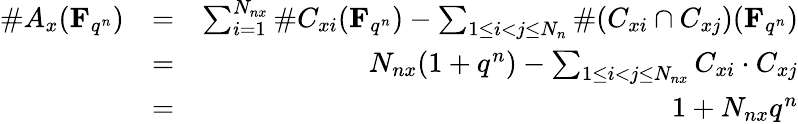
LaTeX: \begin{array}{rlr}{\# A_{x}(\mathbf{F}_{q^{n}})}&{=}&{\sum_{i=1}^{N_{nx}}\# C_{xi}(\mathbf{F}_{q^{n}})-\sum_{1\leq i<j\leq N_{n}}\# (C_{xi}\cap C_{xj})(\mathbf{F}_{q^{n}})}\\ &{=}&{N_{nx}(1+q^{n})-\sum_{1\leq i<j\leq N_{nx}}C_{xi}\cdot C_{xj}}\\ &{=}&{1+N_{nx}q^{n}}\end{array}